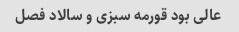
عالی بود قورمه سبزی و سالاد فصل